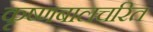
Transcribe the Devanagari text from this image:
कृष्णबालचरित